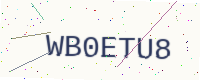
Text: WB0ETU8